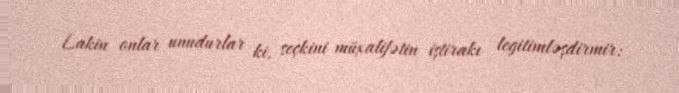
Lakin onlar unudurlar ki, seçkini müxalifətin iştirakı legitimləşdirmir: